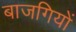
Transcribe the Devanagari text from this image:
बाजगियों